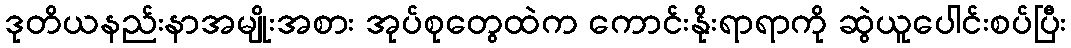
ဒုတိယနည်းနာအမျိုးအစား အုပ်စုတွေထဲက ကောင်းနိုးရာရာကို ဆွဲယူပေါင်းစပ်ပြီး